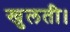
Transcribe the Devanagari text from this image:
खुलती।